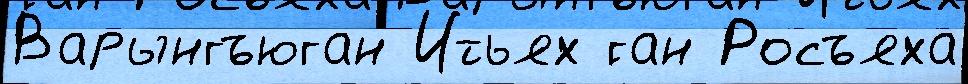
Варынгъюган Итьях ́ган Росъяха